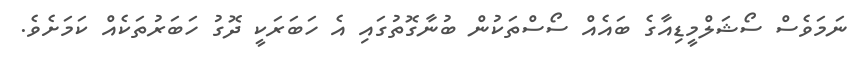
ނަމަވެސް ސޯޝަލްމީޑިއާގެ ބައެއް ސޯސްތަކުން ބުނާގޮތުގައި އެ ހަބަރަކީ ދޮގު ހަބަރުތަކެއް ކަމަށެވެ.